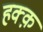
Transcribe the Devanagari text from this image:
हक्क़